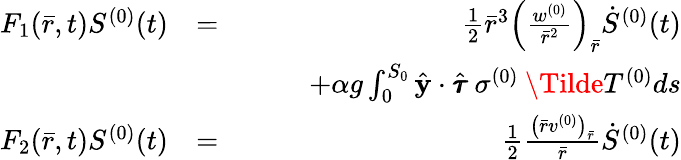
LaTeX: \begin{array}{rlr}{F_{1}(\bar{r},t)S^{(0)}(t)}&{=}&{\frac{1}{2}\bar{r}^{3}\left(\frac{w^{(0)}}{\bar{r}^{2}}\right)_{\bar{r}}\dot{S}^{(0)}(t)}\\ &{\quad}&{\quad\quad+\alpha g\int_{0}^{S_{0}}\hat{\mathbf{y}}\cdot\hat{\pmb{\tau}}\: \sigma^{(0)}\: \Tilde{T}^{(0)}ds}\\ {F_{2}(\bar{r},t)S^{(0)}(t)}&{=}&{\frac{1}{2}\frac{\left(\bar{r}v^{(0)}\right)_{\bar{r}}}{\bar{r}}\dot{S}^{(0)}(t)}\end{array}